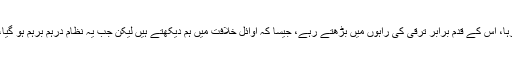
جب تک امت کے اندر یہ نظام باقی رہا، اس کے قدم برابر ترقی کی راہوں میں بڑھتے رہے، جیسا کہ اوائل خلافت میں ہم دیکھتے ہیں لیکن جب یہ نظام درہم برہم ہو گیا، تو دفعتا بڑھتے ہوئے قدم رک گئے۔